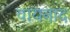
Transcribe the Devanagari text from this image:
वायनाद